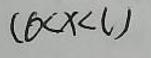
$( b < x < l )$